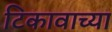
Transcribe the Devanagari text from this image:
टिकावाच्या